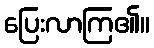
ပြေးလာကြ၏။